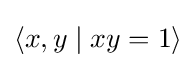
\langle x,y\mid xy=1\rangle